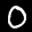
Label: 0